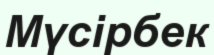
Мүсірбек